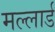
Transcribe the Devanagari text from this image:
मल्लार्ड